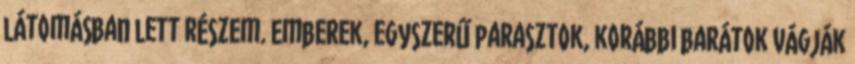
látomásban lett részem. Emberek, egyszerű parasztok, korábbi barátok vágják